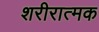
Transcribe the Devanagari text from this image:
शरीरात्मक